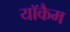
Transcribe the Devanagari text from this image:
याॅकैम